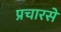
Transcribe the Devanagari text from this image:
प्रचारसे